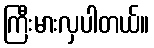
ကြီးမားလှပါတယ်။